Eesti_Toorahva_Kommuun, lk 44
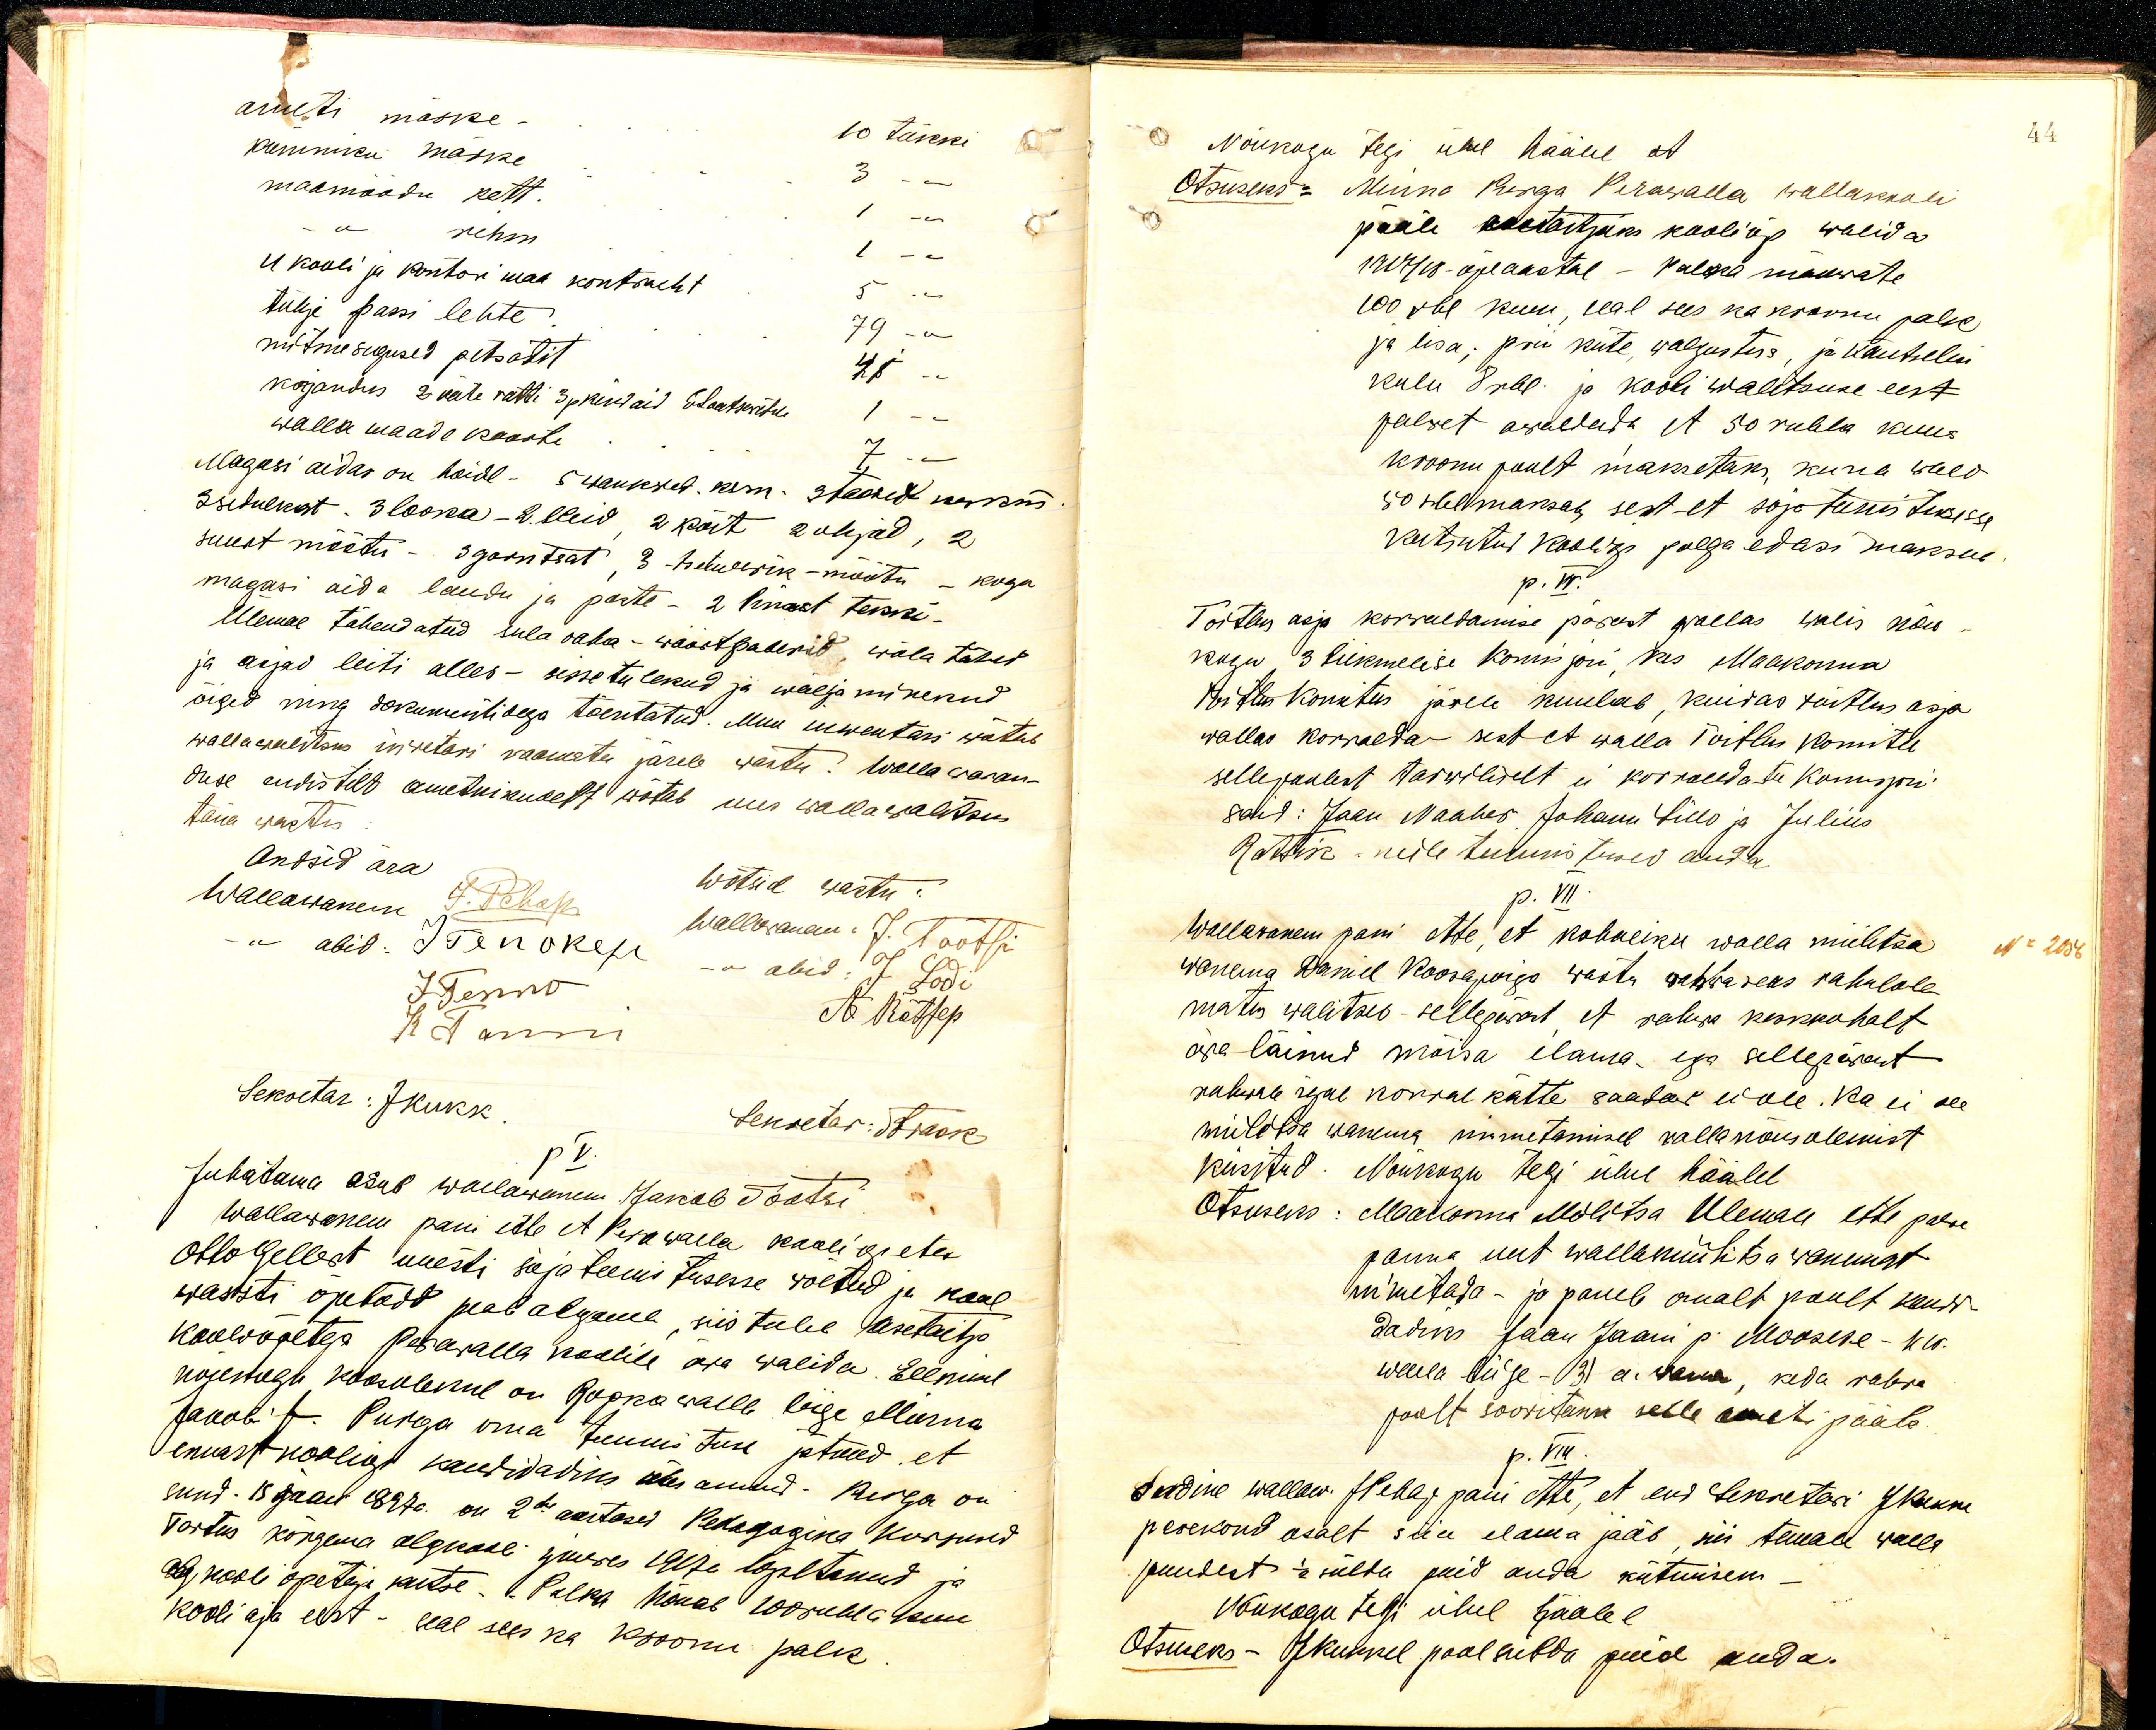
ameti märke -
10 tükki
kummiku märke
3 --
maamõõdu kett.
1 --
a rihm
1 --
II kooli ja kontori maa kontracht
5 --
tühje passi lehte
mitmesugused pitsatit
41
korjandus 2 käte ratti 3 pkiwaid Saatseridu
1 --
walla maade kaarti
7 --
Magasi aidas on hoidl - 5 wankret. kom. 3 taasid noormi
3 silust. 3 looka - 2 leid, 2 köit 2 ohjad, 2
suurt mõõtu - 3 goonteat, 3 - hetweerik-mõõtu - kogu
magasi aida laudu ja parte - 2 linast tekki.
Ülemal tähendatud sula raha - wäärtpaberid, wõla tähed
ja asjad leiti alles - sissetulekud ja wälja minekud
õiged ning dokumentidega tõentatud. Muu inwentari wõtab
wallawalitsus inwetari raamatu järele wastu. Walla waran-
duse endistelt ametnikudelt wõtab uus wallawalitsus
täna wastu:
Andsid ära
Wallawanem
J. Pehap
Wõtsid wastu:
Wallawanem J. Tootsi
abid: I Tenokese
J Tenno
Wallawanema abid: J. Lodi
R Jann
A. Rätsep
Sekretar: JKukk
Sekretar: Jaak
p V.
Juhatama asub wallawanem Jakob Tootsi.
Wallawanem pani ette et Perawalla kooli õpeta
Otto Gelbert uuesti sõjateenistusesse wõetud ja kool
warsti õpetast peab algama, siis tuleb asetäitja
kooliõpetaja Perawalla koolile ära walida. Eelnimet
nõukogu koosolekul on Ropka walla liige alluma
Jakob T. Pusega oma tunnistuse jätnud, et
ennast kooliõp. kandidadiks üles annud. Kirja on
sund. 15 jaan 1897a. on 2e. aastased Pedagogina korpisid
Tartus kõrgema algkooli juures 1917 a lõpetanud ja
algkooli õpetaja kutse. Palka nõuab 100 rubla kuu
kooli aja eest - seal sees ka kroonu palk

44
Nõukogu tegi ühel häälel et
Otsuseks: Minna Riiga Perawalla wallakooli
pääle asetäitjaks kooliõp walida
1917/18-õpeaastal - palka maarati
100 rbl kuu, seal sees ka kroonu palk
ja lisa; prii küte, walgustus, ja kautselu
kulu 8 rbl. ja kooli walitsuse eest
palwet awaldada, et 50 rubla kuus
kroonu poolt maksetaks, kuna wald
50 rbl maksab, sest et sõja teenistusesse
kutsutud kooliks palga edasi maksab
p. VI.
Toitlus asja korraldamise pärast wallas walis nõu
kogu 3 liikmelise komisjoni, kes Maakonna
Toitlus komitees järele kuulab, kuidas toitlus asja
wallas korralda- sest et walla Toitlus komitee
sellepoolest tarwiliselt ei korraldata komisjoni
said: Jaan Naaber Johann Lillo ja Julius
Ratsik neile tunnistused anda
p. VII.
Wallawanem pani ette, et kohaliku walla miilitsa
No: 2056
wanema Daniel Koosapoiga wastu rahwaseas rahulole
matus walitseb - sellepärast et rahwa keskkohalt
ära läinud mõisa elama ega sellepärast
rahwale igal korral kätte saadaw ei ole. Ka ei see
miillitsa wanema nimetamisel wallanõusolemist
küsitud. Nõukogu tegi ühel häälel
Otsuseks: Maakonna Miilitsa Ülemale ette palwe
panna uut wallamiilitsa wanemat
nimetada- ja paneb omalt poolt kandi-
dadiks Jaan Jaani p. Moosese-kes.
walla liige- 31 a. wana, keda rahwa
poolt soowitakse selle ameti pääle.
p. VIII.
Endine wallaw. JPehap pani ette, et end Sekretari JKukke
perekond osalt siia elama jääb, nii temale walla
puudest 1/2 sülda puid anda kütmiseks
Nõukogu tegi ühel häälel
Otsuseks – JKukkel рооl sülda puid anda.